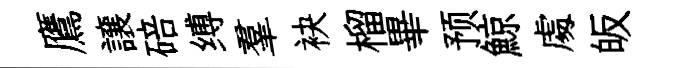
鷹譲碚缚羣袂榴畢预鯨䖏皈